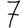
Digit: 7